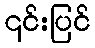
၎င်းပြင်